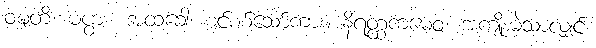
ဝဍ္ဎတိ၊ မပွား။ အထခေါ၊ စင်စစ်သော်ကား။ နိရတ္ထကမေဝ၊ အကျိုးမဲ့သာလျှင်။